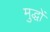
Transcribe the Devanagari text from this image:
मुद्धों